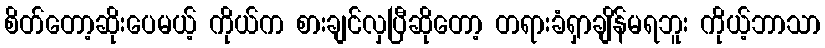
စိတ်တော့ဆိုးပေမယ့် ကိုယ်က စားချင်လှပြီဆိုတော့ တရားခံရှာချိန်မရဘူး ကိုယ့်ဘာသာ